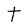
Character: t